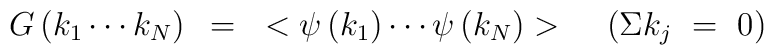
G\left( k_{1}\cdots k_{N} \right)~=~<\psi\left( k_{1} \right) \cdots\psi\left(k_{N} \right)>~~~\left( \Sigma k_{j}~=~0 \right)